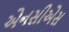
એનસીએસ